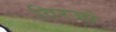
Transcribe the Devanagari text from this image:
विरजो